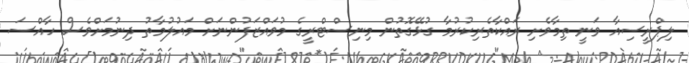
ލިޕްރީސިއާ ވަނީ ތިމާވެށި ރައްކާތެރިކުރުމާ ގުޅޭގޮތުން މިނިސްޓްރީގެ މުވައްޒަފުންނަށް މައުލުމާތު ދިނުމަށްވެސް ހާއްސަ